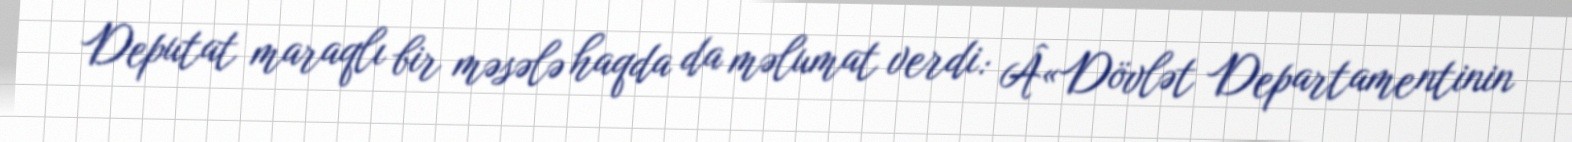
Deputat maraqlı bir məsələ haqda da məlumat verdi: Â«Dövlət Departamentinin